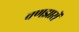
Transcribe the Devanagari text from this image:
वणझारों